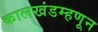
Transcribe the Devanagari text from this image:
कालखंडम्हणून